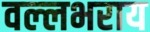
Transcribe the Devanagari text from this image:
वल्‍लभराय